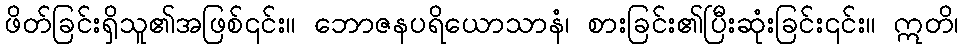
ဖိတ်ခြင်းရှိသူ၏အဖြစ်၎င်း။ ဘောဇနပရိယောသာနံ၊ စားခြင်း၏ပြီးဆုံးခြင်း၎င်း။ ဣတိ၊